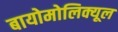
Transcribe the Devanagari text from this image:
बायोमोलिक्यूल